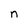
Character: n